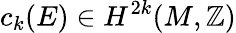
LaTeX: c_{k}(E)\in H^{2k}(M,\mathbb{Z})